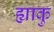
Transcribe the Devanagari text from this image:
ह्याकु